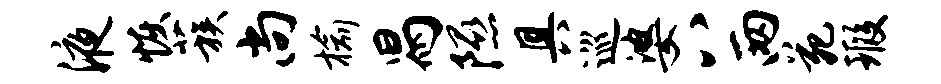
液恢蔟尚榆舄隰具巡婆八两苑瑕